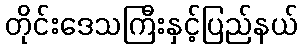
တိုင်းဒေသကြီးနှင့်ပြည်နယ်